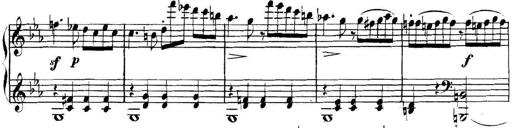
Title: Collected Piano Sonatas
Composer: Muzio Clementi